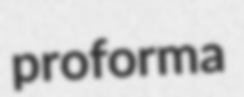
proforma